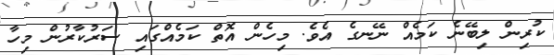
ކުރިން ލިބޭނެ ކަމެއް ނޭނގެ އެވެ. މިހެން އޮތް ކަމެއްގައި ސަރުކާރުން މިހާ